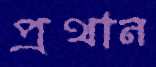
প্রথান